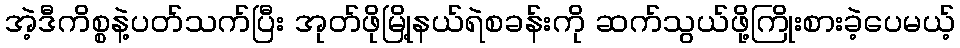
အဲ့ဒီကိစ္စနဲ့ပတ်သက်ပြီး အုတ်ဖိုမြို့နယ်ရဲစခန်းကို ဆက်သွယ်ဖို့ကြိုးစားခဲ့ပေမယ့်